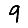
Digit: 9